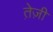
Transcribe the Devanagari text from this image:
ते़ज़ी